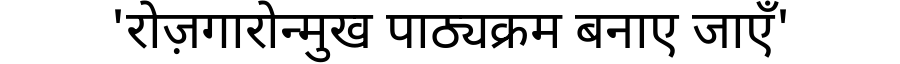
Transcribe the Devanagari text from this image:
'रोज़गारोन्मुख पाठ्यक्रम बनाए जाएँ'